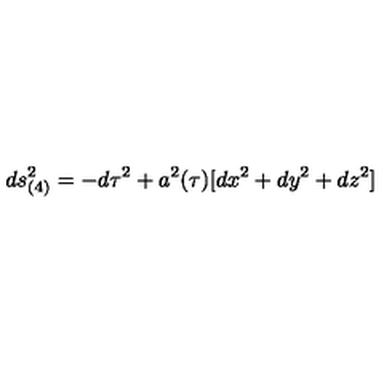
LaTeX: d s _ { ( 4 ) } ^ { 2 } = - d \tau ^ { 2 } + a ^ { 2 } ( \tau ) [ d x ^ { 2 } + d y ^ { 2 } + d z ^ { 2 } ]